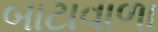
બાટાવાળા